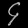
Digit: ၄